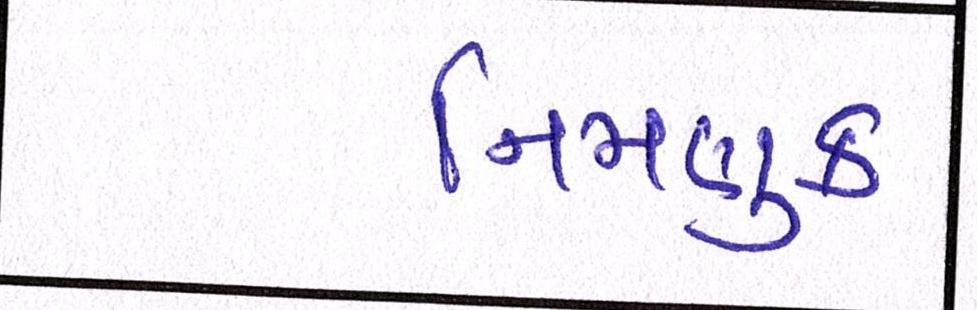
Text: નિમણુક